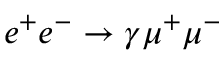
e ^ { + } e ^ { - } \to \gamma \mu ^ { + } \mu ^ { - }